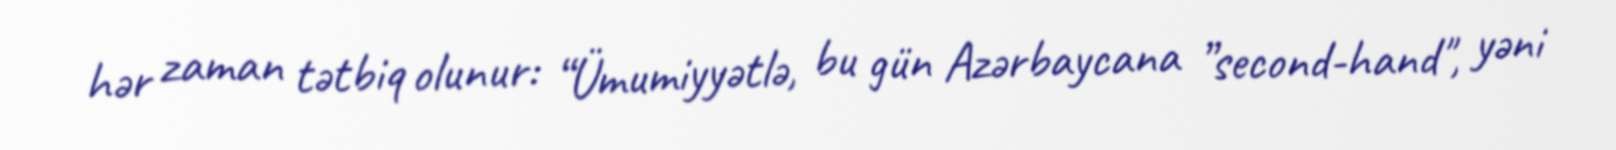
hər zaman tətbiq olunur: “Ümumiyyətlə, bu gün Azərbaycana ”second-hand", yəni